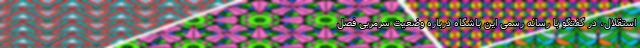
استقلال، در گفتگو با رسانه رسمی این باشگاه درباره وضعیت سرمربی فصل